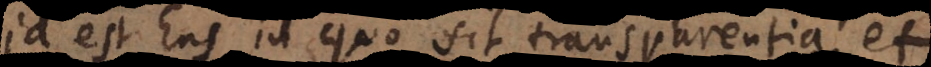
id est Ens in quo sit transparentia et